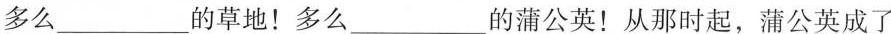
多么 ___ 的草地！多么 ___ 的蒲公英！从那时起，蒲公英成了